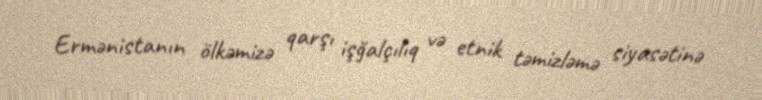
Ermənistanın ölkəmizə qarşı işğalçılıq və etnik təmizləmə siyasətinə